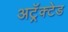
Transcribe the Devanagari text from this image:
अट्रॅक्टेड